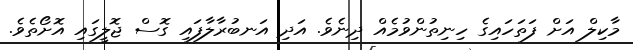
މާކިލް އަށް ފަތަހައިގެ ހިނިތުންވުމެއް ދިނެވެ. އަދި އަނބުރާލާފައި ގޮސް ޖޮލީގައި އޮށޯތެވެ.